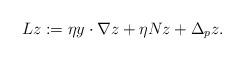
LaTeX: \begin{align*}Lz:=\eta y\cdot\nabla z+\eta Nz+\Delta_p z.\end{align*}